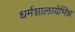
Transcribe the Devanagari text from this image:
धर्मशालायेंभिन्न